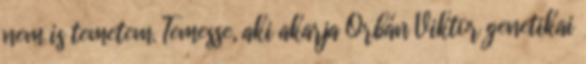
nem is temetem. Temesse, aki akarja Orbán Viktor genetikai